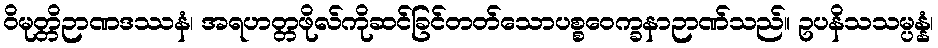
ဝိမုတ္တိဉာဏဒဿနံ၊ အရဟတ္တဖိုလ်ကိုဆင်ခြင်တတ်သောပစ္စဝေက္ခနာဉာဏ်သည်။ ဥပနိသသမ္ပန္နံ၊